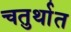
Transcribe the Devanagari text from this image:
चतुर्थात